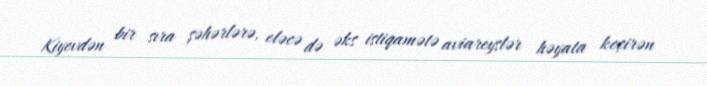
Kiyevdən bir sıra şəhərlərə, eləcə də əks istiqamətə aviareyslər həyata keçirən